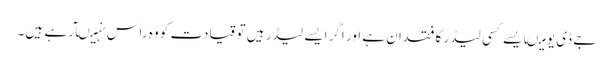
جے ڈی یو میںایسے کسی لیڈر کا فقدان ہے اور اگر ایسے لیڈر ہیں تو قیادت کو وہ راس نہیںآرہے ہیں۔